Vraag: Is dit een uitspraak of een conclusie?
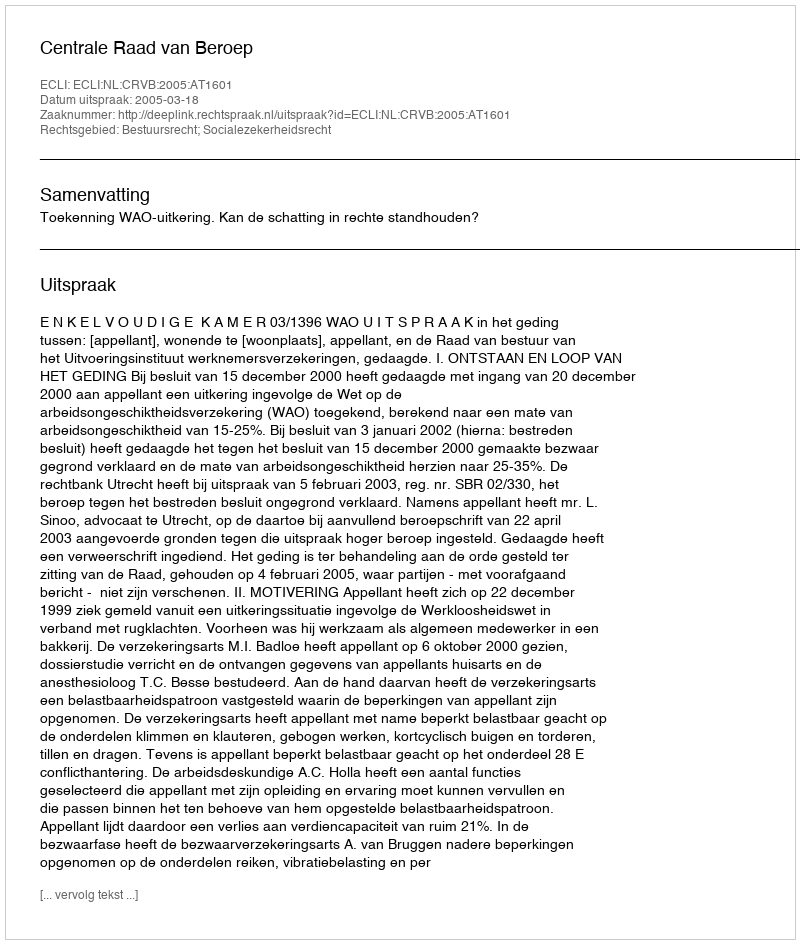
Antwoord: Uitspraak